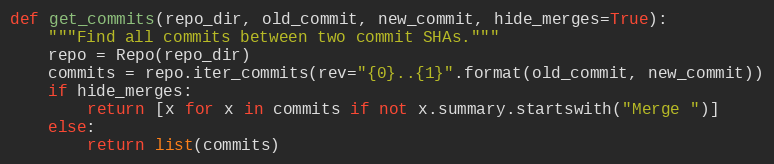
Language: Python
def get_commits(repo_dir, old_commit, new_commit, hide_merges=True):
    """Find all commits between two commit SHAs."""
    repo = Repo(repo_dir)
    commits = repo.iter_commits(rev="{0}..{1}".format(old_commit, new_commit))
    if hide_merges:
        return [x for x in commits if not x.summary.startswith("Merge ")]
    else:
        return list(commits)